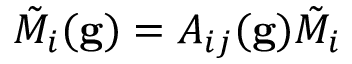
\Tilde { M } _ { i } ( \mathbf { g } ) = A _ { i j } ( \mathbf { g } ) \Tilde { M } _ { i }